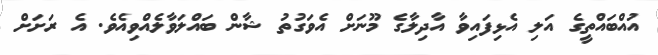
އުއްބައްތީގެ އަލި އެޅިފައިވާ އާދިލާގެ މޫނަށް އެވަގުތު ޝާން ބައްލަވާލެއްވިއެވެ. އެ ރަށަށް